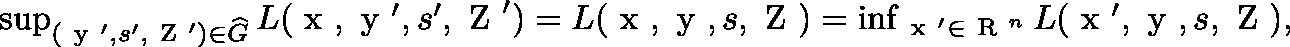
\begin{array} { r } { \operatorname* { s u p } _ { ( \mathrm { \boldmath ~ y ~ } ^ { \prime } , s ^ { \prime } , \mathrm { \boldmath ~ Z ~ } ^ { \prime } ) \in \widehat { G } } L ( \mathrm { \boldmath ~ x ~ } , \mathrm { \boldmath ~ y ~ } ^ { \prime } , s ^ { \prime } , \mathrm { \boldmath ~ Z ~ } ^ { \prime } ) = L ( \mathrm { \boldmath ~ x ~ } , \mathrm { \boldmath ~ y ~ } , s , \mathrm { \boldmath ~ Z ~ } ) = \operatorname* { i n f } _ { \mathrm { \boldmath ~ x ~ } ^ { \prime } \in \mathrm { ~ \mathbb { R } ~ } ^ { n } } L ( \mathrm { \boldmath ~ x ~ } ^ { \prime } , \mathrm { \boldmath ~ y ~ } , s , \mathrm { \boldmath ~ Z ~ } ) , } \end{array}